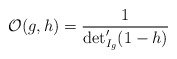
\begin{align*}{\cal O}(g,h) = \frac{1}{\det'_{I_g} (1-h)}\end{align*}